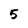
Character: 5